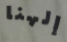
إلهنا